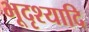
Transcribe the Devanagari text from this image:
भूदृश्यादि